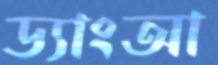
ড্যাংআ